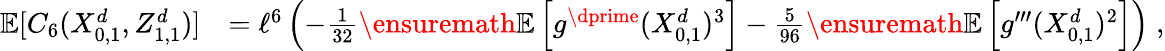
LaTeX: \begin{array}{rl}{\mathbb{E}[C_{6}(X_{0,1}^{d},Z_{1,1}^{d})]}&{=\ell^{6}\left(-\frac{1}{32}\ensuremath{\mathbb{E}\left[g^{\dprime}(X_{0,1}^{d})^{3}\right]}-\frac{5}{96}\ensuremath{\mathbb{E}\left[g^{\prime\prime\prime}(X_{0,1}^{d})^{2}\right]}\right)\; ,}\end{array}